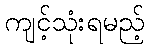
ကျင့်သုံးရမည့်